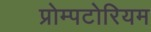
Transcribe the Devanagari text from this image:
प्रोम्पटोरियम